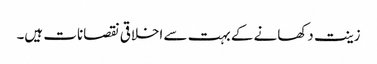
زینت دکھانے کے بہت سے اخلاقی نقصانات ہیں۔